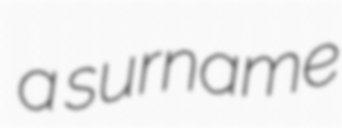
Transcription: a surname